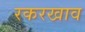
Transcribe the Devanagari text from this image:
रकरखाव